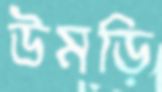
উমড়ি